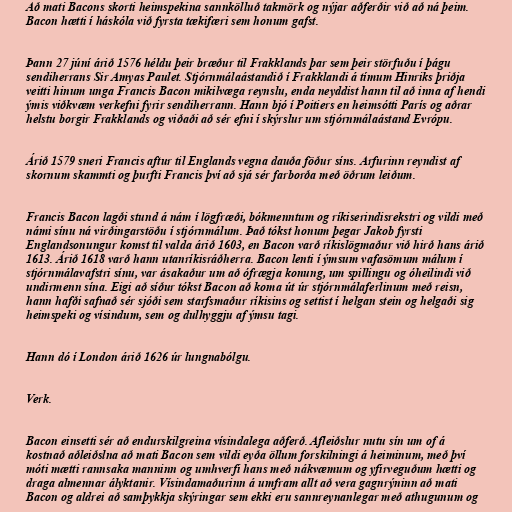
Að mati Bacons skorti heimspekina sannkölluð takmörk og nýjar aðferðir við að ná þeim.
Bacon hætti í háskóla við fyrsta tækifæri sem honum gafst.

Þann 27 júní árið 1576 héldu þeir bræður til Frakklands þar sem þeir störfuðu í þágu
sendiherrans Sir Amyas Paulet. Stjórnmálaástandið í Frakklandi á tímum Hinriks þriðja
veitti hinum unga Francis Bacon mikilvæga reynslu, enda neyddist hann til að inna af hendi
ýmis viðkvæm verkefni fyrir sendiherrann. Hann bjó í Poitiers en heimsótti París og aðrar
helstu borgir Frakklands og viðaði að sér efni í skýrslur um stjórnmálaástand Evrópu.

Árið 1579 sneri Francis aftur til Englands vegna dauða föður síns. Arfurinn reyndist af
skornum skammti og þurfti Francis því að sjá sér farborða með öðrum leiðum.

Francis Bacon lagði stund á nám í lögfræði, bókmenntum og ríkiserindisrekstri og vildi með
námi sínu ná virðingarstöðu í stjórnmálum. Það tókst honum þegar Jakob fyrsti
Englandsonungur komst til valda árið 1603, en Bacon varð ríkislögmaður við hirð hans árið
1613. Árið 1618 varð hann utanríkisráðherra. Bacon lenti í ýmsum vafasömum málum í
stjórnmálavafstri sínu, var ásakaður um að ófrægja konung, um spillingu og óheilindi við
undirmenn sína. Eigi að síður tókst Bacon að koma út úr stjórnmálaferlinum með reisn,
hann hafði safnað sér sjóði sem starfsmaður ríkisins og settist í helgan stein og helgaði sig
heimspeki og vísindum, sem og dulhyggju af ýmsu tagi.

Hann dó í London árið 1626 úr lungnabólgu.

Verk.

Bacon einsetti sér að endurskilgreina vísindalega aðferð. Afleiðslur nutu sín um of á
kostnað aðleiðslna að mati Bacon sem vildi eyða öllum forskilningi á heiminum, með því
móti mætti rannsaka manninn og umhverfi hans með nákvæmum og yfirveguðum hætti og
draga almennar ályktanir. Vísindamaðurinn á umfram allt að vera gagnrýninn að mati
Bacon og aldrei að samþykkja skýringar sem ekki eru sannreynanlegar með athugunum og